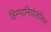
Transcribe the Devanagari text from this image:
हिस्पानियोलेंसिस